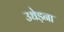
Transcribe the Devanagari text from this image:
उधेड़ना